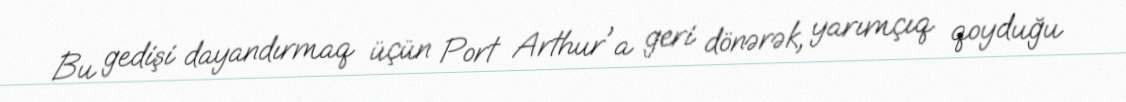
Bu gedişi dayandırmaq üçün Port Arthur'a geri dönərək, yarımçıq qoyduğu